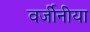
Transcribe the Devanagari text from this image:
वर्जीनीया